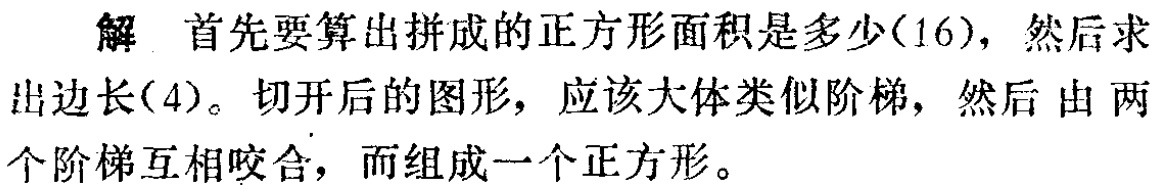
解 首先要算出拼成的正方形面积是多少(16)，然后求出边长(4)。切开后的图形，应该大体类似阶梯，然后由两个阶梯互相咬合，而组成一个正方形。